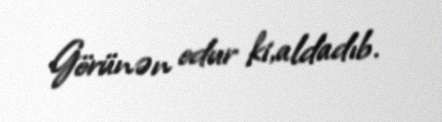
Görünən odur ki,aldadıb.